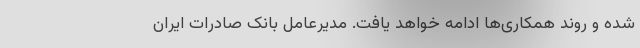
شده و روند همکاری‌ها ادامه خواهد یافت. مدیرعامل بانک صادرات ایران